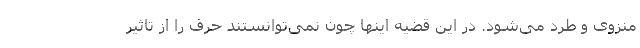
منزوی و طرد می‌شود. در این قضیه اینها چون نمی‌توانستند حرف را از تاثیر